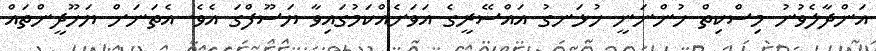
އަންދާލެވުނު މިސްކިތް ހުންނަނީ ހުޅަނގު އައްސޭރީގެ އަވަށެއްކަމުގައިވާ ޔަސޫފްގަ އެވެ. އެތަނަށް ޔަހޫދީންތައް